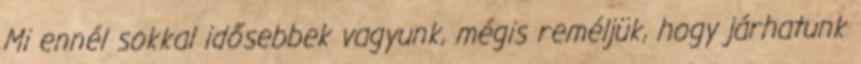
Mi ennél sokkal idősebbek vagyunk, mégis reméljük, hogy járhatunk